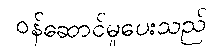
ဝန်ဆောင်မှုပေးသည်